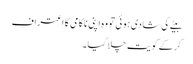
بیٹے کی شادی ہوئی تو وہ اپنی ناکامی کا اعتراف
کر کے کو یت چلا گیا ۔